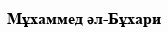
Мұхаммед әл-Бұхари